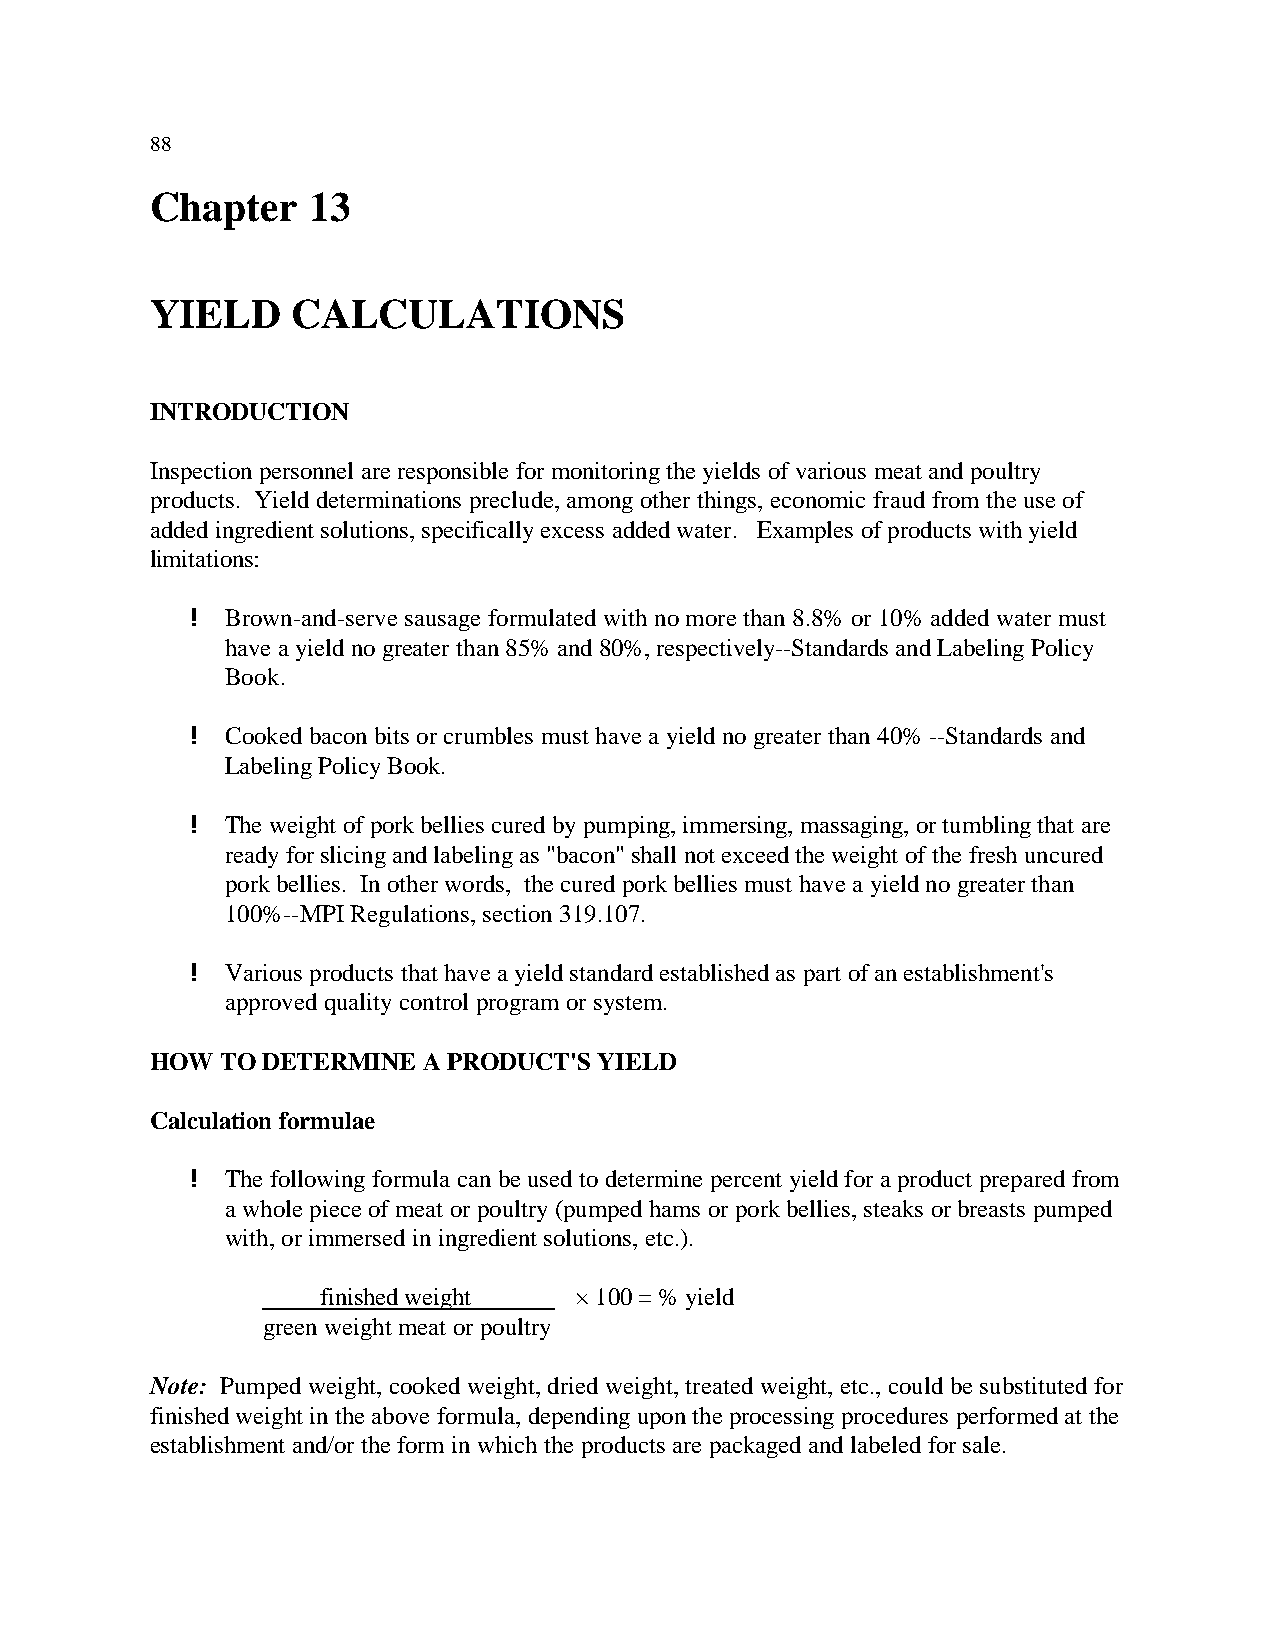
88
 Chapter   13
 YIELD    CALCULATIONS
 INTRODUCTION
 Inspection personnel are responsible for monitoring the yields of various meat and poultry
 products. Yield determinations preclude, among other things, economic fraud from the use of
 added ingredient solutions, specifically excess added water. Examples of products with yield
 limitations:
 ! Brown-and-serve sausage formulated with no more than 8.8% or 10% added water must
 have a yield no greater than 85% and 80%, respectively--Standards and Labeling Policy
 Book.
 ! Cooked bacon bits or crumbles must have a yield no greater than 40% --Standards and
 Labeling Policy Book.
 ! The weight of pork bellies cured by pumping, immersing, massaging, or tumbling that are
 ready for slicing and labeling as "bacon" shall not exceed the weight of the fresh uncured
 pork bellies. In other words, the cured pork bellies must have a yield no greater than
 100%--MPI Regulations, section 319.107.
 ! Various products that have a yield standard established as part of an establishment's
 approved quality control program or system.
 HOW  TO DETERMINE A PRODUCT'S YIELD
 Calculation formulae
 ! The following formula can be used to determine percent yield for a product prepared from
 a whole piece of meat or poultry (pumped hams or pork bellies, steaks or breasts pumped
 with, or immersed in ingredient solutions, etc.).
 finished weight  × 100 = % yield
 green weight meat or poultry
 Note: Pumped weight, cooked weight, dried weight, treated weight, etc., could be substituted for
 finished weight in the above formula, depending upon the processing procedures performed at the
 establishment and/or the form in which the products are packaged and labeled for sale.